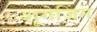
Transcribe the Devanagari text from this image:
शूगेजिंग